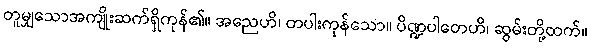
တူမျှသောအကျိုးဆက်ရှိကုန်၏။ အညေဟိ၊ တပါးကုန်သော။ ပိဏ္ဍပါတေဟိ၊ ဆွမ်းတို့ထက်။